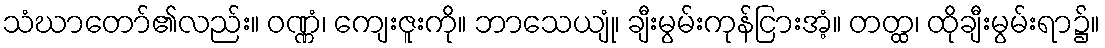
သံဃာတော်၏လည်း။ ဝဏ္ဏံ၊ ကျေးဇူးကို။ ဘာသေယျုံ၊ ချီးမွမ်းကုန်ငြားအံ့။ တတ္ထ၊ ထိုချီးမွမ်းရာ၌။